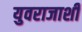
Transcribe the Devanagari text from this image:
युवराजाशी